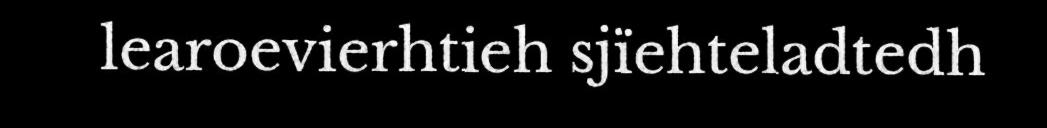
learoevierhtieh sjïehteladtedh